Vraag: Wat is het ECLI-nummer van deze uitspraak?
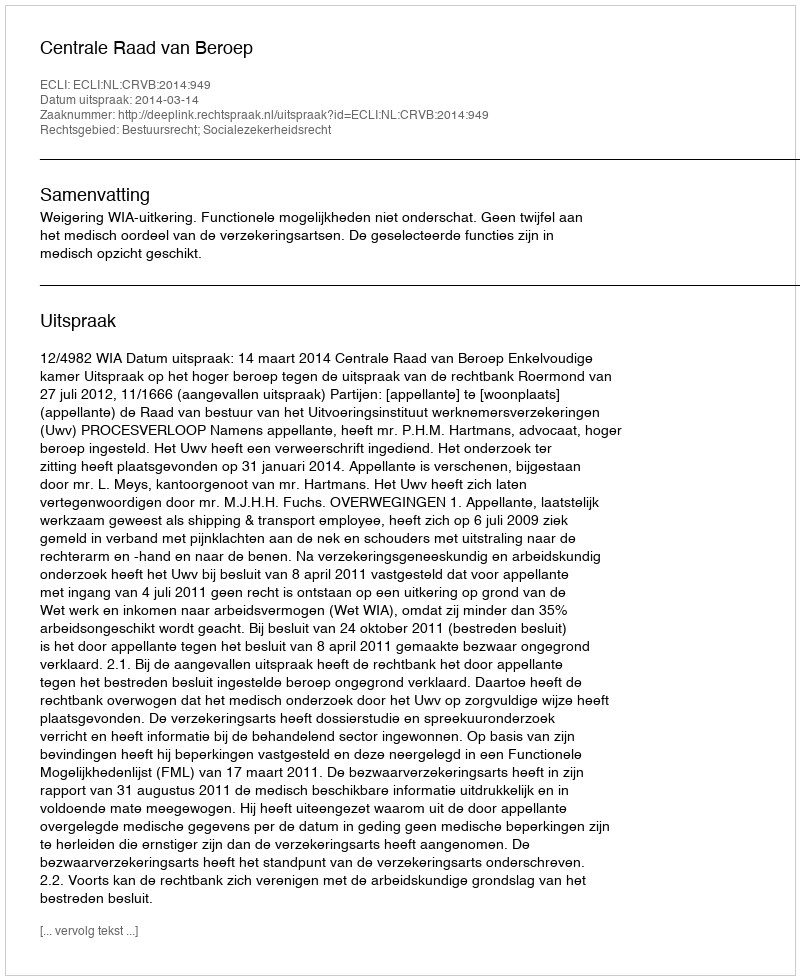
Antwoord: ECLI:NL:CRVB:2014:949